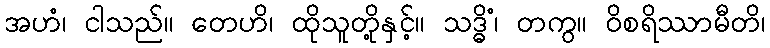
အဟံ၊ ငါသည်။ တေဟိ၊ ထိုသူတို့နှင့်။ သဒ္ဓိံ၊ တကွ။ ဝိစရိဿာမီတိ၊